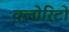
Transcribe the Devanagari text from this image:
क्लोरिटो